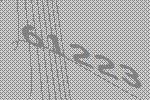
61223